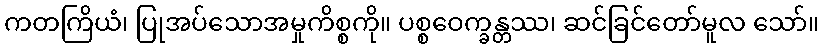
ကတကြိယံ၊ ပြုအပ်သောအမှုကိစ္စကို။ ပစ္စဝေက္ခန္တဿ၊ ဆင်ခြင်တော်မူလ သော်။